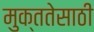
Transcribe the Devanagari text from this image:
मुक्ततेसाठी